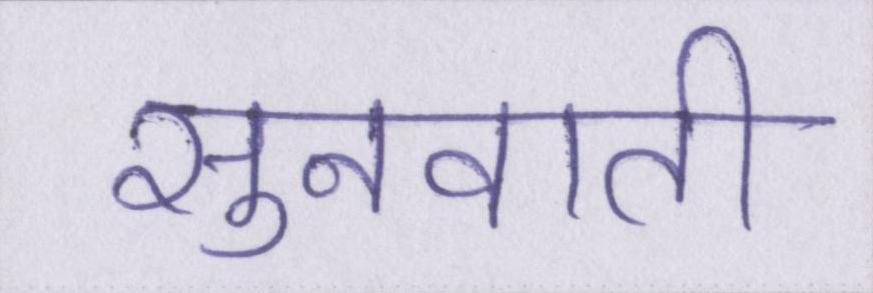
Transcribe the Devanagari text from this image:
सुनवाती